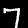
Digit: 7